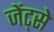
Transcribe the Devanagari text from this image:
जेंट्से